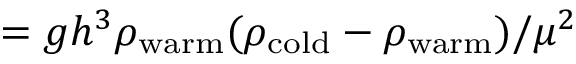
= g h ^ { 3 } \rho _ { \mathrm { w a r m } } ( \rho _ { \mathrm { c o l d } } - \rho _ { \mathrm { w a r m } } ) / \mu ^ { 2 }